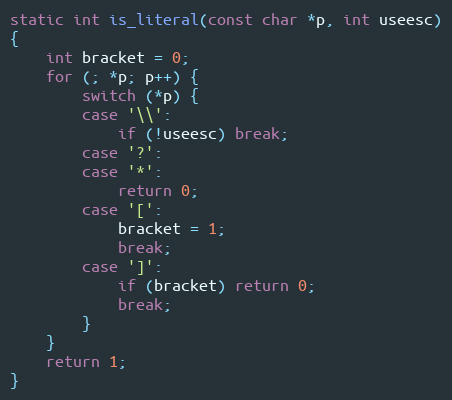
Language: C
static int is_literal(const char *p, int useesc)
{
	int bracket = 0;
	for (; *p; p++) {
		switch (*p) {
		case '\\':
			if (!useesc) break;
		case '?':
		case '*':
			return 0;
		case '[':
			bracket = 1;
			break;
		case ']':
			if (bracket) return 0;
			break;
		}
	}
	return 1;
}